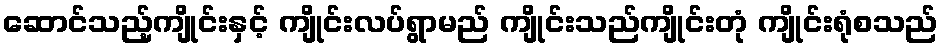
ဆောင်သည့်ကျိုင်းနှင့် ကျိုင်းလပ်ရွာမည် ကျိုင်းသည်ကျိုင်းတုံ ကျိုင်းရုံစသည်